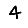
Digit: 4